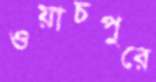
ওয়াচপুরে